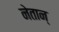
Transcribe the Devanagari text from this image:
नेतान्